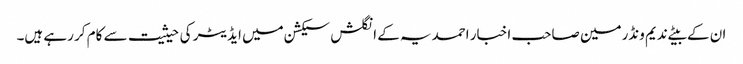
ان کے بیٹے ندیم ونڈرمین صاحب اخبار احمدیہ کے انگلش سیکشن میں ایڈیٹر کی حیثیت سے کام کر رہے ہیں۔